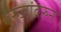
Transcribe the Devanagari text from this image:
बुरुजांवरुन